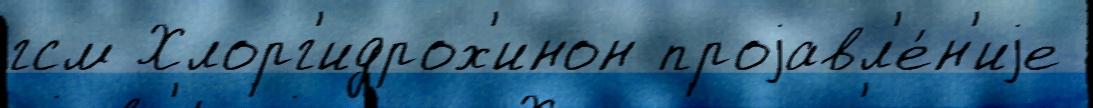
гсм Хлорг'идрох'инон проjавл'е́н'иjе